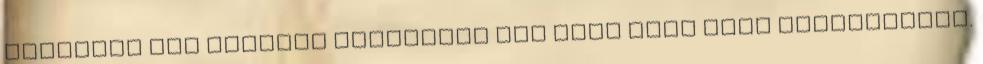
valamibe ami szemmel láthatóan nem több mint szex orrvérzésig.